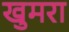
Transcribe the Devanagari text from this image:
खुमरा